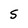
Character: S